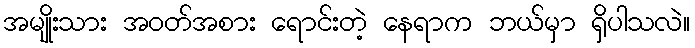
အမျိုးသား အဝတ်အစား ရောင်းတဲ့ နေရာက ဘယ်မှာ ရှိပါသလဲ။